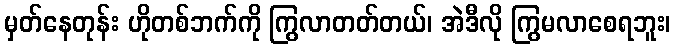
မှတ်နေတုန်း ဟိုတစ်ဘက်ကို ကြွလာတတ်တယ်၊ အဲဒီလို ကြွမလာစေရဘူး၊